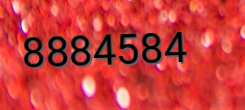
8884584